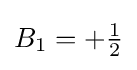
{\textstyle B_{1}=+{\frac {1}{2}}}